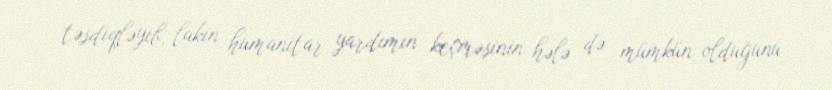
təsdiqləyib, lakin humanitar yardımın keçməsinin hələ də mümkün olduğunu